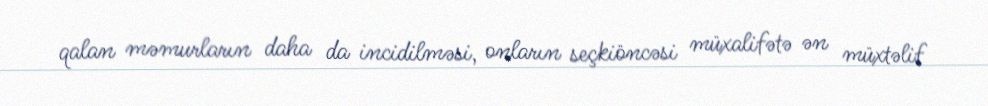
qalan məmurların daha da incidilməsi, onların seçkiöncəsi müxalifətə ən müxtəlif